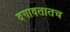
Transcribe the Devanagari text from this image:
दगावतातच